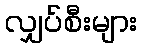
လျှပ်စီးများ